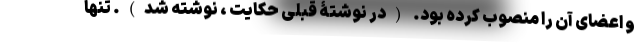
و اعضای آن را منصوب کرده بود. (در نوشتۀ قبلی حکایت ، نوشته شد). تنها